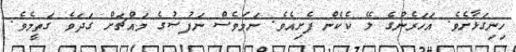
ހިނިގަޅާށެވެ. އަހަރެންގެ ލޭ ކެކެން ފެށިއެވެ. ނަމަވެސް ނަފުސުގެ މައްޗަށް ގަދަވެ ގަތީމެވެ.